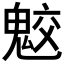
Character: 𩲻